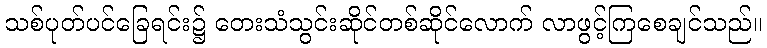
သစ်ပုတ်ပင်ခြေရင်း၌ တေးသံသွင်းဆိုင်တစ်ဆိုင်လောက် လာဖွင့်ကြစေချင်သည်။